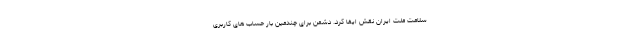
سلامت ملت ایران نقش ایفا کرد. دشمن برای چندمین بار حساب های کاربری